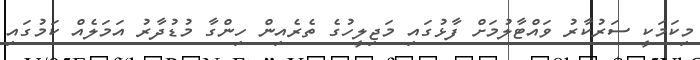
މިކަމަކީ ސަރުކާރު ވައްޓާލުމަށް ފާޅުގައި މަޖިލީހުގެ ތެރެއިން ހިންގާ މުޑުދާރު އަމަލެއް ކަމުގައި